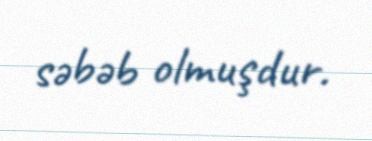
səbəb olmuşdur.